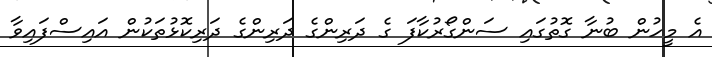
އެ މީހުން ބުނާ ގޮތުގައި ސަންގޯރުކާފަ ގެ ދަރިންގެ ދަރިންގެ ދަރިކޮޅުތަކުން އައިސްފައިވާ